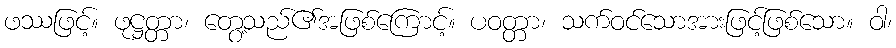
ဖဿဖြင့်။ ဖုဋ္ဌတ္တာ၊ တွေ့သည်၏အဖြစ်ကြောင့်။ ပဝတ္တာ၊ သက်ဝင်သောအားဖြင့်ဖြစ်သော။ ဝါ၊